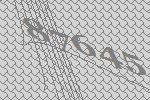
87645